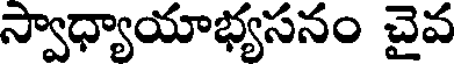
స్వాధ్యాయాభ్యసనం చైవ